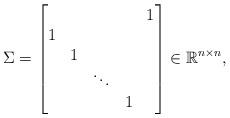
LaTeX: \begin{align*}\Sigma=\begin{bmatrix} & & & & 1\\ 1 & & & & \\ & 1 & & & \\ & & \ddots & & \\ & & & 1 &\end{bmatrix} \in \mathbb{R}^{n\times n},\end{align*}